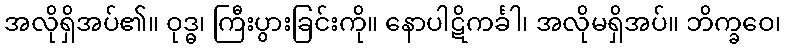
အလိုရှိအပ်၏။ ဝုဒ္ဓ၊ ကြီးပွားခြင်းကို။ နောပါဋိကင်္ခါ၊ အလိုမရှိအပ်။ ဘိက္ခဝေ၊